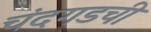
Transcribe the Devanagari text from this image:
चंदगडची